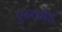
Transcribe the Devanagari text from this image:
एन्कोड